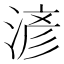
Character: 𣸥